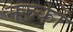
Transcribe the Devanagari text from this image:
नरुकों